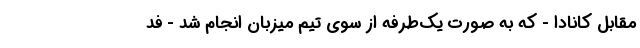
مقابل کانادا - که به صورت یک‌طرفه از سوی تیم میزبان انجام شد - فد